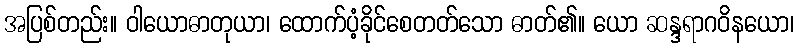
အပြစ်တည်း။ ဝါယောဓာတုယာ၊ ထောက်ပံ့ခိုင်စေတတ်သော ဓာတ်၏။ ယော ဆန္ဒရာဂဝိနယော၊